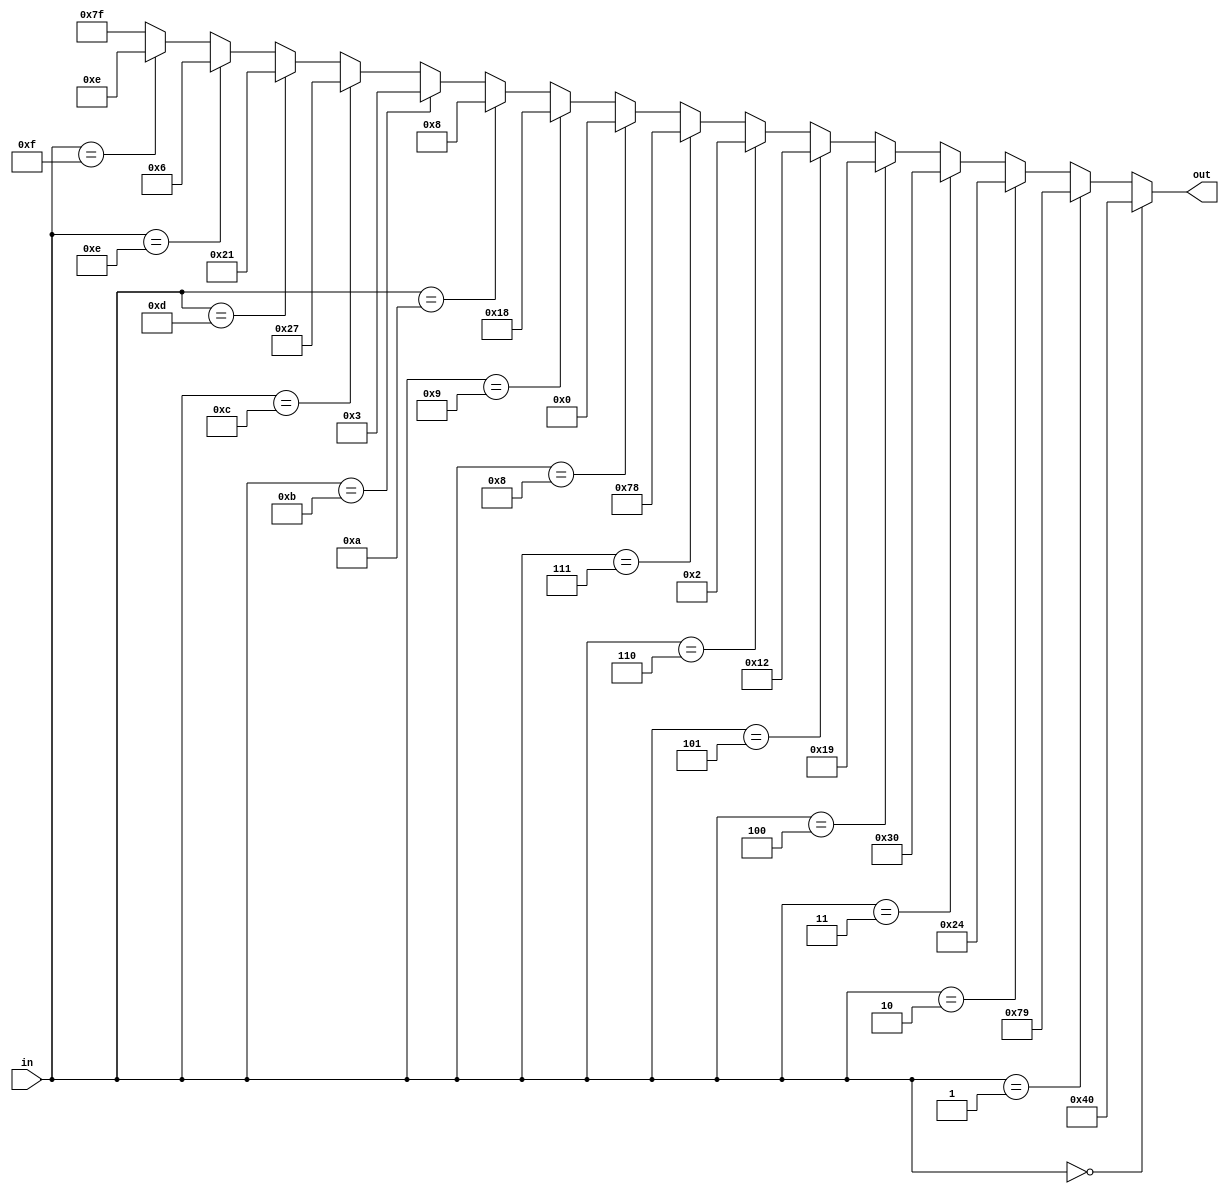
/* file hexdigit.v
 * converts a four bit number to its 
 * corresponding seven segment representation
 */

module hexdigit (in, out) ;

  input [3:0] in ;
  output reg [6:0] out ;

  always @* begin

    if (in == 4'h0)
      out = 7'b1000000 ;
    else if (in == 4'h1)
      out = 7'b1111001 ;
    else if (in == 4'h2)
      out = 7'b0100100 ;
    else if (in == 4'h3)
      out = 7'b0110000 ;
    else if (in == 4'h4)
      out = 7'b0011001 ;
    else if (in == 4'h5)
      out = 7'b0010010 ;
    else if (in == 4'h6)
      out = 7'b0000010 ;
    else if (in == 4'h7)
      out = 7'b1111000 ;
    else if (in == 4'h8)
      out = 7'b0000000 ;
    else if (in == 4'h9)
      out = 7'b0011000 ;
    else if (in == 4'ha)
      out = 7'b0001000 ;
    else if (in == 4'hb)
      out = 7'b0000011 ;
    else if (in == 4'hc)
      out = 7'b0100111 ;
    else if (in == 4'hd)
      out = 7'b0100001 ;
    else if (in == 4'he)
      out = 7'b0000110 ;
    else if (in == 4'hf)
      out = 7'b0001110 ;
    else
      out = 7'b1111111 ;

  end

endmodule